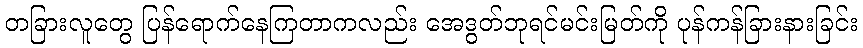
တခြားလူတွေ ပြန်ရောက်နေကြတာကလည်း အေဒွတ်ဘုရင်မင်းမြတ်ကို ပုန်ကန်ခြားနားခြင်း